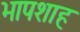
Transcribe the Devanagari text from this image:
भापशाह